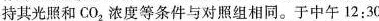
持其光照和CO_{2|浓度等条件与对照组相同。于中午12:30